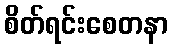
စိတ်ရင်းစေတနာ